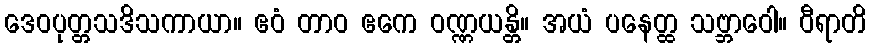
ဒေဝပုတ္တသဒိသကာယာ။ ဧဝံ တာဝ ဧကေ ဝဏ္ဏယန္တိ။ အယံ ပနေတ္ထ သဗ္ဘာဝေါ။ ဝီရာတိ